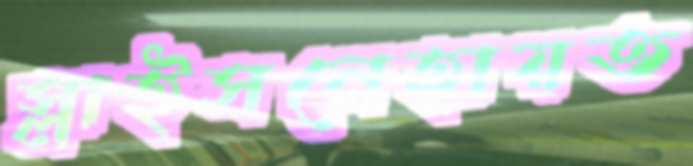
স্লাইসনেহায়ত